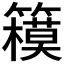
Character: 𰪞